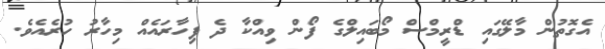
އެގޮތުން މާލޭގައި ޑްރީމްސް މޯބައިލްގެ ފޯން ވިއްކާ ދެ ފިހާރައެއް މިހާރު ހުރެއެވެ.